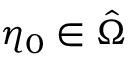
\eta _ { 0 } \in \hat { \Omega }